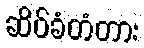
ဆိပ်ခံတံတား